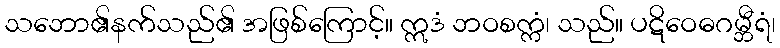
သဘော၏နက်သည်၏ အဖြစ်ကြောင့်။ ဣဒံ ဘဝစက္ကံ၊ သည်။ ပဋိဝေဓဂမ္ဘီရံ၊